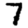
Digit: 7